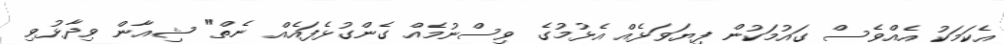
އެކަމަކު އެއްވެސް ގައުމަކުން ފިޔަވަޅެއް އެޅުމުގެ ވިސްނުމެއް ގެންގުޅެފައެއް ނެތް" ޝިއާން ވިދާޅުވި